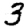
Digit: 3